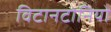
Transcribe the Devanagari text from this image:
विटानटोनियो